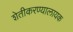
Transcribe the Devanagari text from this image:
शेतीकरण्यालायक